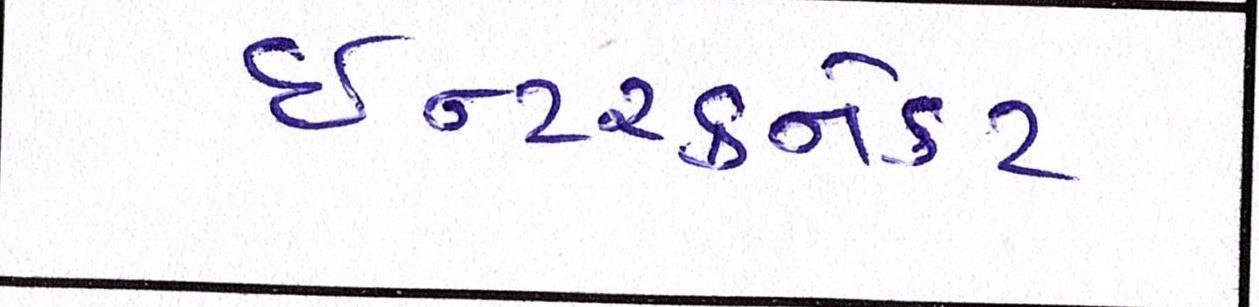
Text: ઈન્ટરકનેકટ